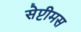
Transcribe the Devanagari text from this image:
सेप्टीमस